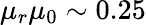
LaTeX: \mu_{r}\mu_{0}\sim 0.25